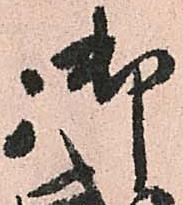
御